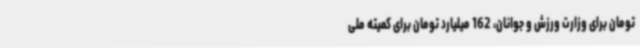
تومان برای وزارت ورزش و جوانان، 162 میلیارد تومان برای کمیته ملی